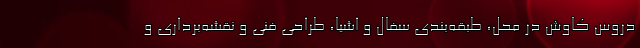
دروس کاوش در محل، طبقه‌بندی سفال و اشیا، طراحی فنی و نقشه‌برداری و